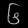
Digit: ၆